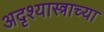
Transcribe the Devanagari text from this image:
अदृश्यास्त्राच्या